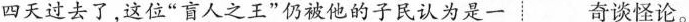
四天过去了，这位”盲人之王”仍被他的子民认为是一奇谈怪论。